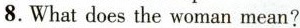
8.What does the woman mean?